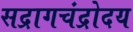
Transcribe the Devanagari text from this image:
सद्रागचंद्रोदय